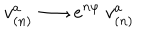
v _ { ( n ) } ^ { a } \longrightarrow e ^ { n \varphi } \ v _ { ( n ) } ^ { a }